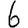
Digit: 6